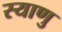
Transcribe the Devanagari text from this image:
स्याणु